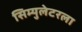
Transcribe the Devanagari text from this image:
सिम्युलेटरला